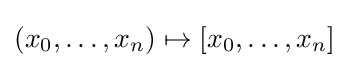
(x_{0},\ldots ,x_{n})\mapsto [x_{0},\ldots ,x_{n}]